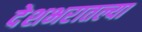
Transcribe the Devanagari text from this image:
देशभरातल्या